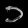
Digit: ၁